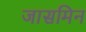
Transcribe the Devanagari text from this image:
जासमिन